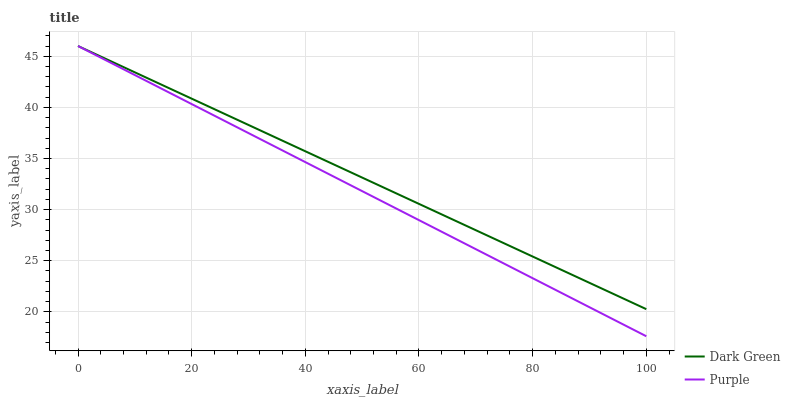
| xaxis_label | Dark Green | Purple |
 | --- | --- | --- |
 | 0 | 46 | 46 |
 | 16.7 | 41.7 | 41.3 |
 | 33.3 | 37.4 | 36.5 |
 | 50 | 33.1 | 31.8 |
 | 66.7 | 28.8 | 27.1 |
 | 83.3 | 24.6 | 22.3 |
 | 100 | 20.3 | 17.6 |